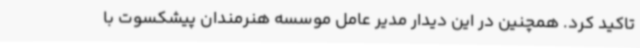
تاکید کرد. همچنین در این دیدار مدیر عامل موسسه هنرمندان پیشکسوت با